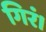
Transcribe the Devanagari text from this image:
गिरं।